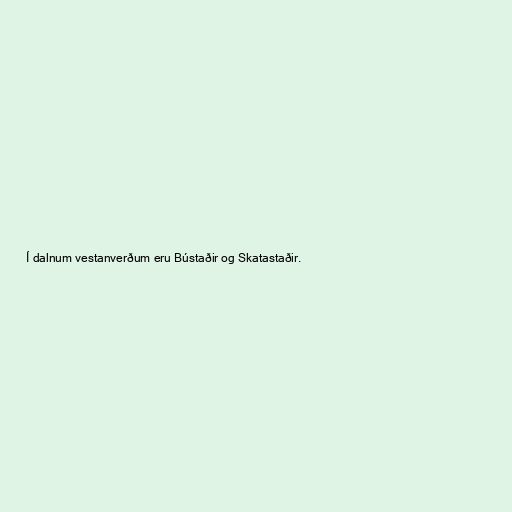
Í dalnum vestanverðum eru Bústaðir og Skatastaðir.